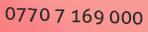
0770 7 169 000